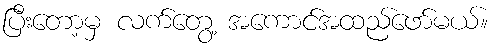
ပြီးတော့မှ လက်တွေ့ အကောင်အထည်ဖော်မယ်။